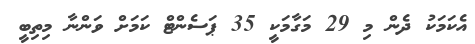
އެކަމަކު ދެން މި 29 މަގާމަކީ 35 ޕަސެންޓް ކަމަށް ވަންނާ މިތިބީ